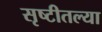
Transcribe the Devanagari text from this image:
सृष्टीतल्या